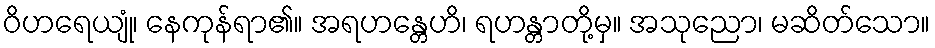
ဝိဟရေယျုံ၊ နေကုန်ရာ၏။ အရဟန္တေဟိ၊ ရဟန္တာတို့မှ။ အသုညော၊ မဆိတ်သော။